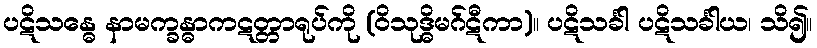
ပဋိသန္ဓေ နာမက္ခန္ဓာကဋတ္တာရုပ်ကို (ဝိသုဒ္ဓိမဂ်ဋီကာ)။ ပဋိသင်္ခါ ပဋိသင်္ခါယ၊ သိ၍။